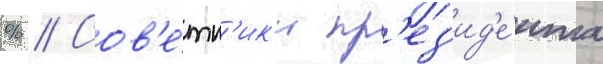
% // Сов'е́тн'ик'и пр'ез'ид'е́нта